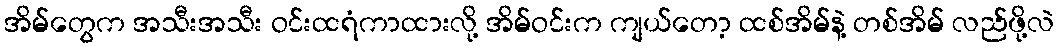
အိမ်တွေက အသီးအသီး ဝင်းထရံကာထားလို့ အိမ်ဝင်းက ကျယ်တော့ ထစ်အိမ်နဲ့ တစ်အိမ် လည်ဖို့လဲ